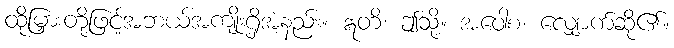
ထိုမြှားတို့ဖြင့်အဘယ်အကျိုးရှိအံ့နည်း။ ဣတိ၊ ဤသို့။ အဝေါစ၊ လျှောက်ဆို၏။